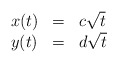
\begin{align*} \begin{array}{lll} x(t) & = & c\sqrt{t} \\ y(t) & = & d\sqrt{t} \end{array}\end{align*}